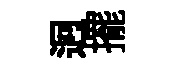
迥擺